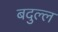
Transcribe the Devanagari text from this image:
बदुल्ल